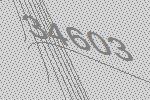
34603